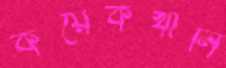
কয়েকখানি